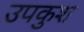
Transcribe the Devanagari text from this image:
उपकुश